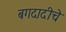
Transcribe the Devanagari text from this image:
बगदादीचे